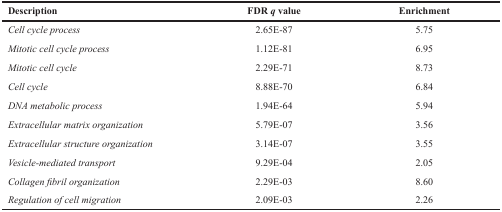
<table><thead><tr><td><b>Description</b></td><td><b>FDR <i>q</i> value</b></td><td><b>Enrichment</b></td></tr></thead><tbody><tr><td><i>Cell cycle process</i></td><td>2.65E-87</td><td>5.75</td></tr><tr><td><i>Mitotic cell cycle process</i></td><td>1.12E-81</td><td>6.95</td></tr><tr><td><i>Mitotic cell cycle</i></td><td>2.29E-71</td><td>8.73</td></tr><tr><td><i>Cell cycle</i></td><td>8.88E-70</td><td>6.84</td></tr><tr><td><i>DNA metabolic process</i></td><td>1.94E-64</td><td>5.94</td></tr><tr><td><i>Extracellular matrix organization</i></td><td>5.79E-07</td><td>3.56</td></tr><tr><td><i>Extracellular structure organization</i></td><td>3.14E-07</td><td>3.55</td></tr><tr><td><i>Vesicle-mediated transport</i></td><td>9.29E-04</td><td>2.05</td></tr><tr><td><i>Collagen fibril organization</i></td><td>2.29E-03</td><td>8.60</td></tr><tr><td><i>Regulation of cell migration</i></td><td>2.09E-03</td><td>2.26</td></tr></tbody></table>